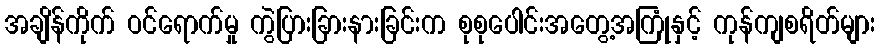
အချိန်ကိုက် ဝင်ရောက်မှု ကွဲပြားခြားနားခြင်းက စုစုပေါင်းအတွေ့အကြုံနှင့် ကုန်ကျစရိတ်များ